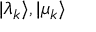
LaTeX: | \lambda _ { k } \rangle , | \mu _ { k } \rangle